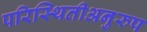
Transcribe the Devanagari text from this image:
परिस्थितीअनुरुप